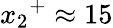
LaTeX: {x_{2}}^{+}\approx 15